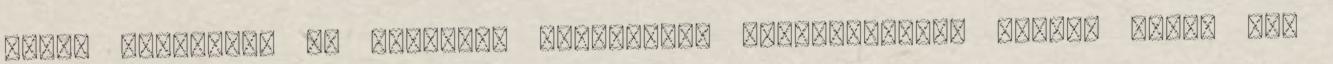
lett, melyekből az ünneplők ingyenesen kóstolhattak, akinek pedig nem